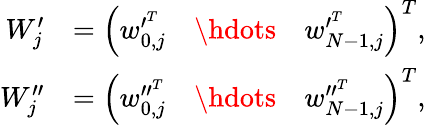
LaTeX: \begin{array}{rl}{W_{j}^{\prime}}&{=\left(\begin{array}{lll}{w_{0,j}^{\prime^{T}}}&{\hdots}&{w_{N-1,j}^{\prime^{T}}}\end{array}\right)^{T},}\\ {W_{j}^{\prime\prime}}&{=\left(\begin{array}{lll}{w_{0,j}^{\prime\prime^{T}}}&{\hdots}&{w_{N-1,j}^{\prime\prime^{T}}}\end{array}\right)^{T},}\end{array}